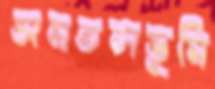
সমতলভূমি